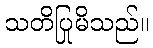
သတိပြုမိသည်။